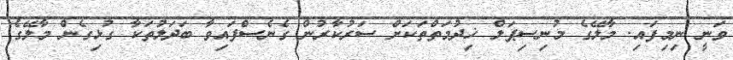
ވަނީ ނިމިފައި. މާލޭގެ މުނިސިޕަލް ޚިދުމަތްތަކަށް ސަރުކާރުން ގެނެސްފައިވާ ބަދަލުތަކާ ގުޅިގެން މާލޭގެ